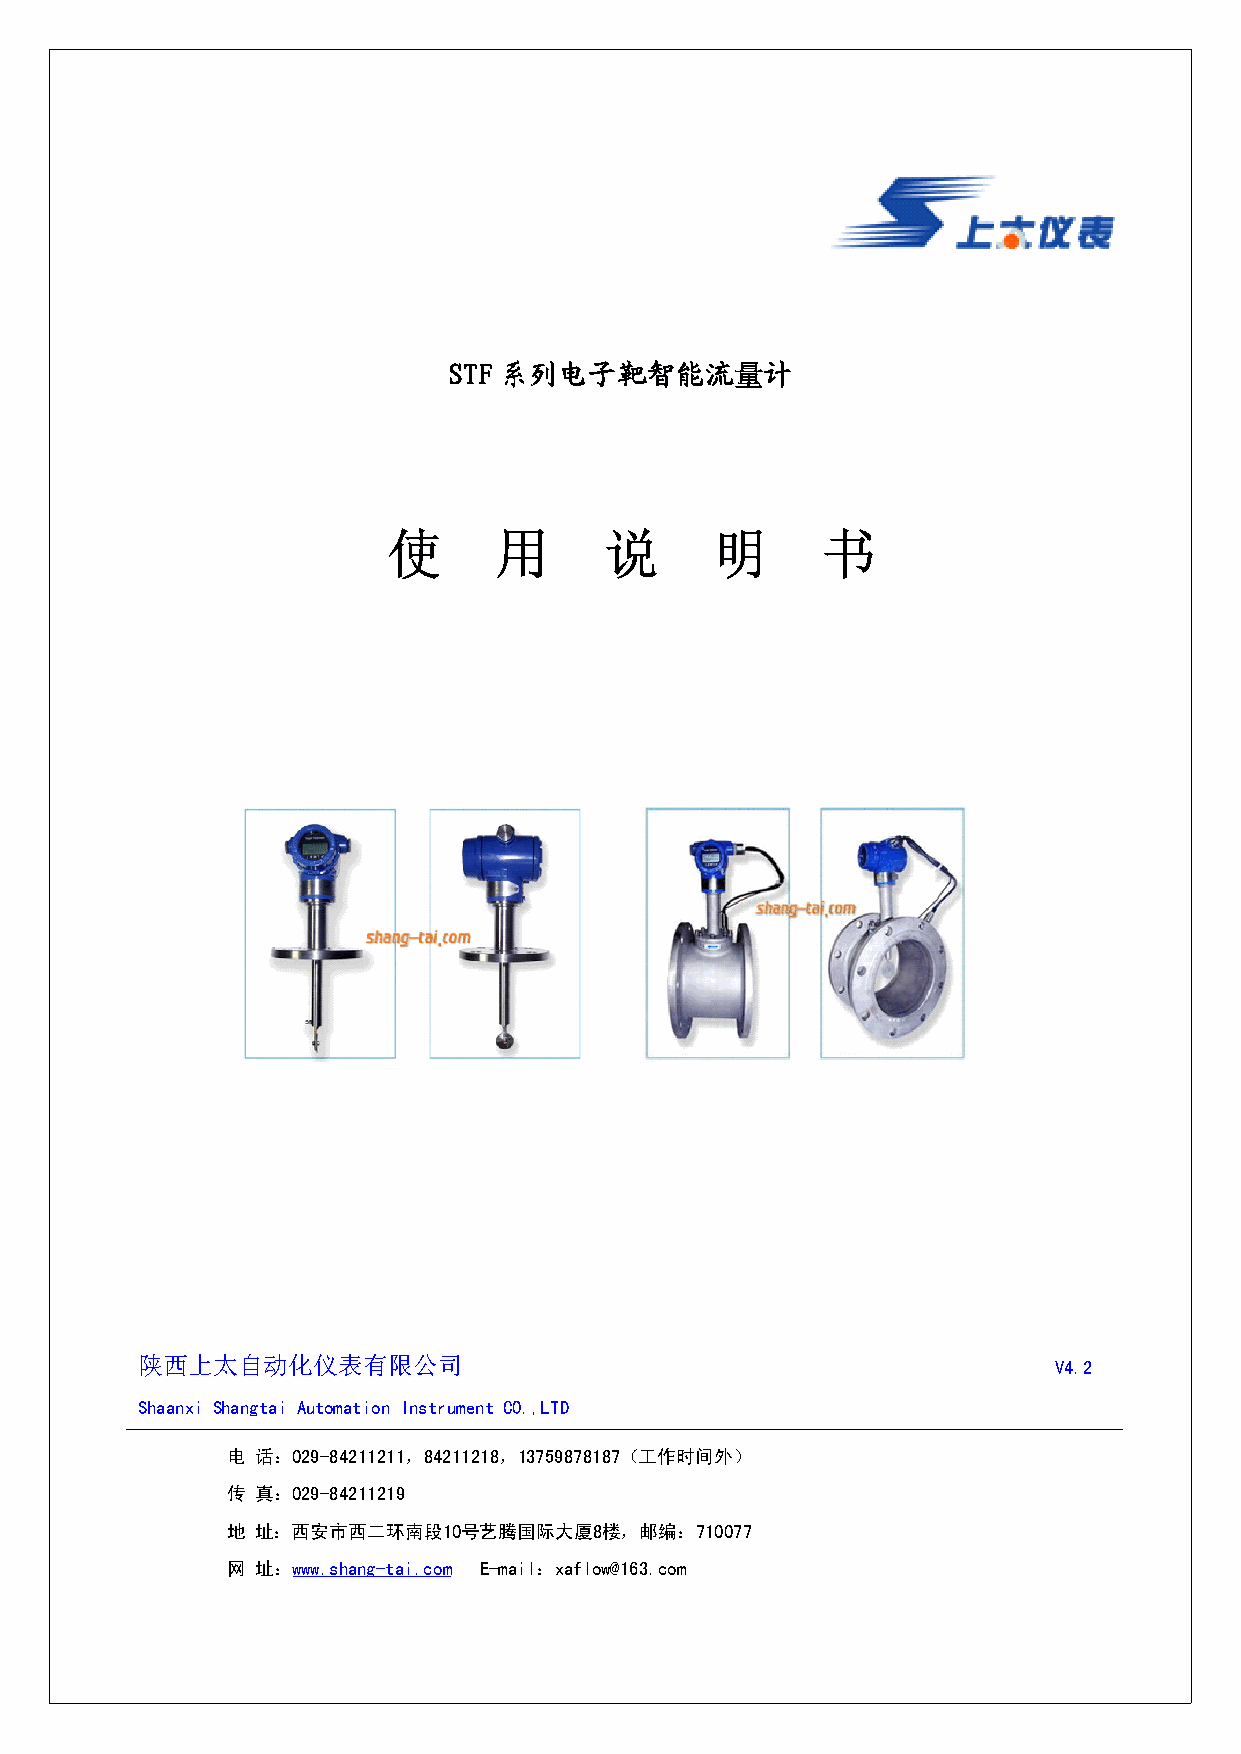
SSSSTTTTFFFF系系系系列列列列电电电电子子子子靶靶靶靶智智智智能能能能流流流流量计计计计
 使      用      说      明      书
 陕西上太自动化仪表有限公司                                                V4.2
 Shaanxi Shangtai Automation Instrument CO.,LTD
 电 话：029-84211211，84211218，13759878187（工作时间外）
 传 真：029-84211219
 地 址：西安市西二环南段10号艺腾国际大厦8楼，邮编：710077
 网 址：www.shang-tai.com E-mail：xaflow@163.com